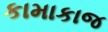
કામાકાજ